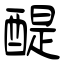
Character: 醍